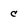
Character: C